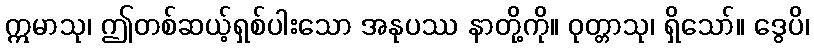
ဣမာသု၊ ဤတစ်ဆယ့်ရှစ်ပါးသော အနုပဿ နာတို့ကို။ ဝုတ္တာသု၊ ရှိသော်။ ဒွေပိ၊